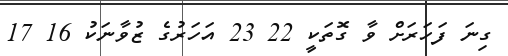
ގިނަ ފަހަރަށް ވާ ގޮތަކީ 22 23 އަހަރުގެ ޒުވާނަކު 16 17